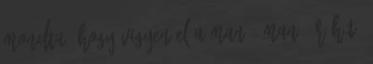
mondta, hogy vigyen el a manó, Manó úr Hát,